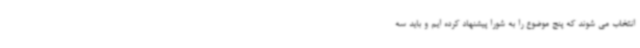
انتخاب می شوند که پنج موضوع را به شورا پیشنهاد کرده ایم و باید سه